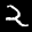
Label: 2